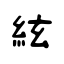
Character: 絃